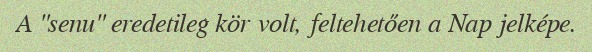
A "senu" eredetileg kör volt, feltehetően a Nap jelképe.